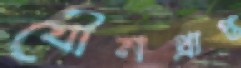
যৌনপ্রাপ্ত